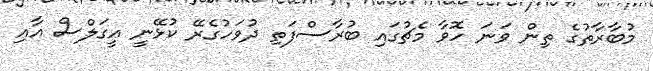
މުބާރާތުގެ ތިން ވަނަ ހޮވާ މެޗުގައި ބުރާސްފަތި ދުވަހުގެރޭ ކުޅޭނީ އީގަލްސް އާއި